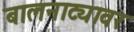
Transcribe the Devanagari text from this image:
बालनाट्यावर